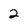
Character: 2